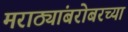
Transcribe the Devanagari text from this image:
मराठ्यांबरोबरच्या